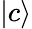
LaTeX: \vert c\rangle